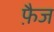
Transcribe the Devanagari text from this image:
फ़ैज